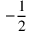
- { \frac { 1 } { 2 } }